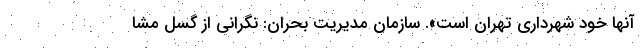
آنها خود شهرداری تهران است». سازمان مدیریت بحران: نگرانی از گسل مشا